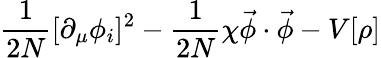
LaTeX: \frac{1}{2N}[\partial_{\mu}\phi_{i}]^{2}-\frac{1}{2N}\chi{\vec{\phi}\cdot\vec{\phi}}-V[{\rho}]